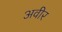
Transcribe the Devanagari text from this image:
अवीर